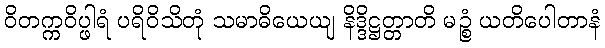
ဝိတက္ကဝိပ္ဖါရံ ပရိဝိသိတုံ သမာဓိယေယျ နိဒ္ဒိဋ္ဌတ္တာတိ မဉ္စံ ယတိပေါတာနံ